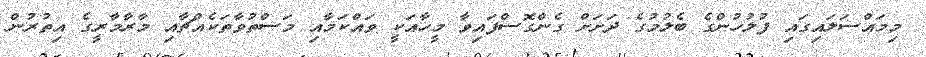
މިމައްސަލައިގައި ފުލުހުންގެ ބެލުމުގެ ދަށަށް ގެންގޮސްފައިވާ މީހާއަކީ ވައްކަމާއި މަސްތުވާތަކެއްޗާއި މާރާމާރީގެ އިތުރުން